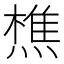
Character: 𬋈